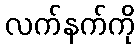
လက်နက်ကို